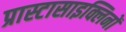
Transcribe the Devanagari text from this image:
प्रास्टासाइक्लिनों